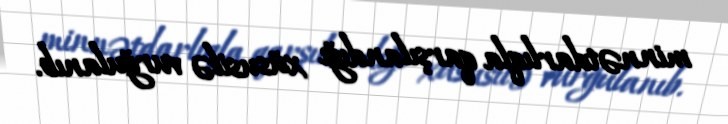
minnətdarlıqla qarşılandığı xüsusilə vurğulanıb.